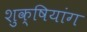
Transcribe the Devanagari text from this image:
शुक्षियांग